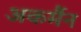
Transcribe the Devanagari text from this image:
अकर्मैन